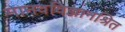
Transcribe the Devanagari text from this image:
मानवविज्ञानश्रित